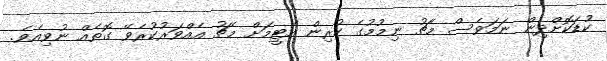
ކުޑަކޮށްދިން ނަމަވެސް މެޗު ނިމުމުގެ ކުރިން އެޓީމަށް މެޗު އެއްވަރުކުރެވޭ ގޮތެއް ނުވިއެވެ.